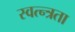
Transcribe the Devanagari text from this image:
स्वत्न्त्रता